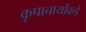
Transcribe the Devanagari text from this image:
कृपाचार्यांकडे